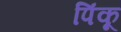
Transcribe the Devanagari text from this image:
पिंकू